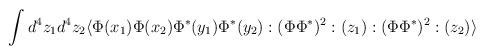
LaTeX: \begin{align*}\int d^{4}z_{1}d^{4}z_{2}\langle\Phi(x_{1})\Phi(x_{2})\Phi^{*}(y_{1})\Phi^{*}(y_{2}):(\Phi\Phi^{*})^{2}:(z_{1}):(\Phi\Phi^{*})^{2}:(z_{2})\rangle\end{align*}